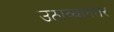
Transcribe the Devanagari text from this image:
उठाव्यानंतर